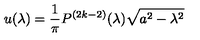
u ( \lambda ) = { \frac { 1 } { \pi } } P ^ { ( 2 k - 2 ) } ( \lambda ) \sqrt { a ^ { 2 } - \lambda ^ { 2 } }